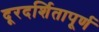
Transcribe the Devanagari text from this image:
दूरदर्शितापूर्ण